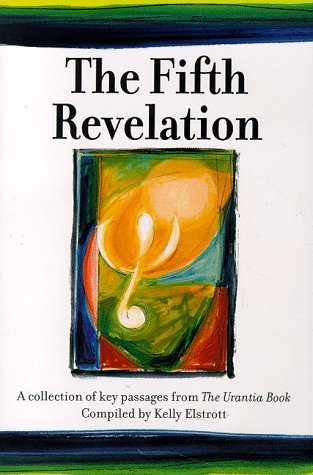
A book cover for The Fifth Revelation : A Collection of Key Passages from The Urantia Book; Kelly Elstrott; Religion & Spirituality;